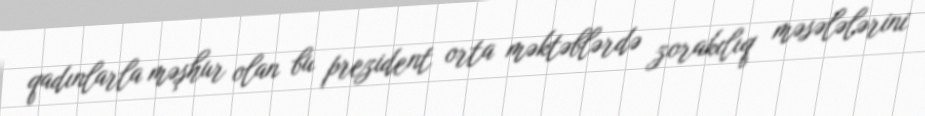
qadınlarla məşhur olan bu prezident orta məktəblərdə zorakılıq məsələlərini